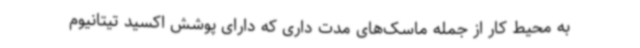
به محیط کار از جمله ماسک‌های مدت داری که دارای پوشش اکسید تیتانیوم